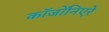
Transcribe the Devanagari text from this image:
कॉजोंनिएरे